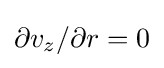
\partial v_{z}/\partial r=0